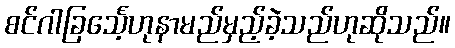
စင်ဂါခြင်္သေ့ဟုနာမည်မှည့်ခဲ့သည်ဟုဆိုသည်။